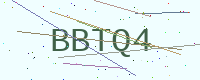
Text: BBTQ4